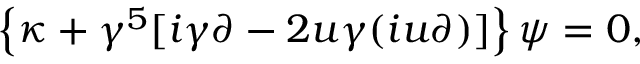
\left\{ \kappa + \gamma ^ { 5 } [ i \gamma \partial - 2 u \gamma ( i u \partial ) ] \right\} \psi = 0 ,